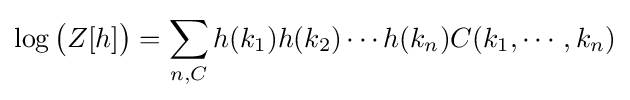
\log {\big (}Z[h]{\big )}=\sum _{n,C}h(k_{1})h(k_{2})\cdots h(k_{n})C(k_{1},\cdots ,k_{n})